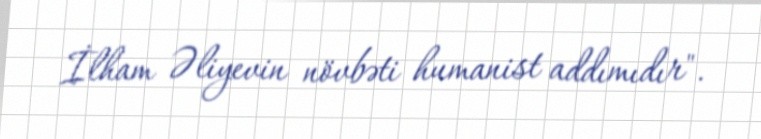
İlham Əliyevin növbəti humanist addımıdır".